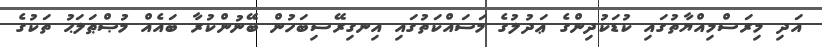
އަދި މިރަސްމިއްޔާތުގައި ކުޑަކުދިންގެ ޢަދުލުގެ މަސައްކަތުގައި އިނގިރޭސިބަހުން ބޭނުންކުރާ ބައެއް މުޞްޠަލަޙު ތަކުގެ